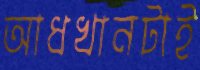
আধখানটাই